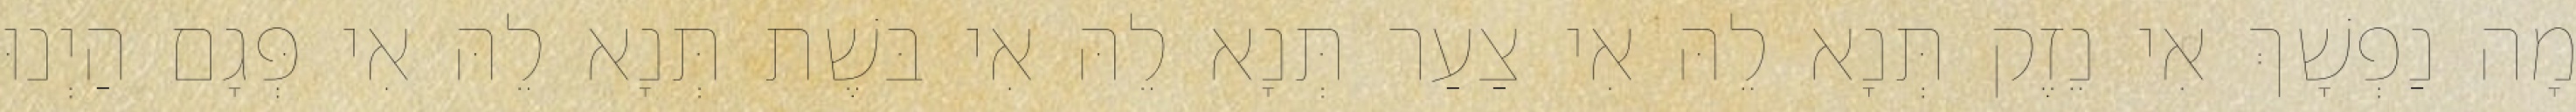
מָה נַפְשָׁךְ אִי נֵזֶק תְּנָא לֵהּ אִי צַעַר תְּנָא לֵהּ אִי בּשֶׁת תְּנָא לֵהּ אִי פְּגָם הַיְנוּ